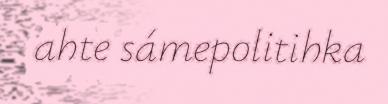
ahte sámepolitihka